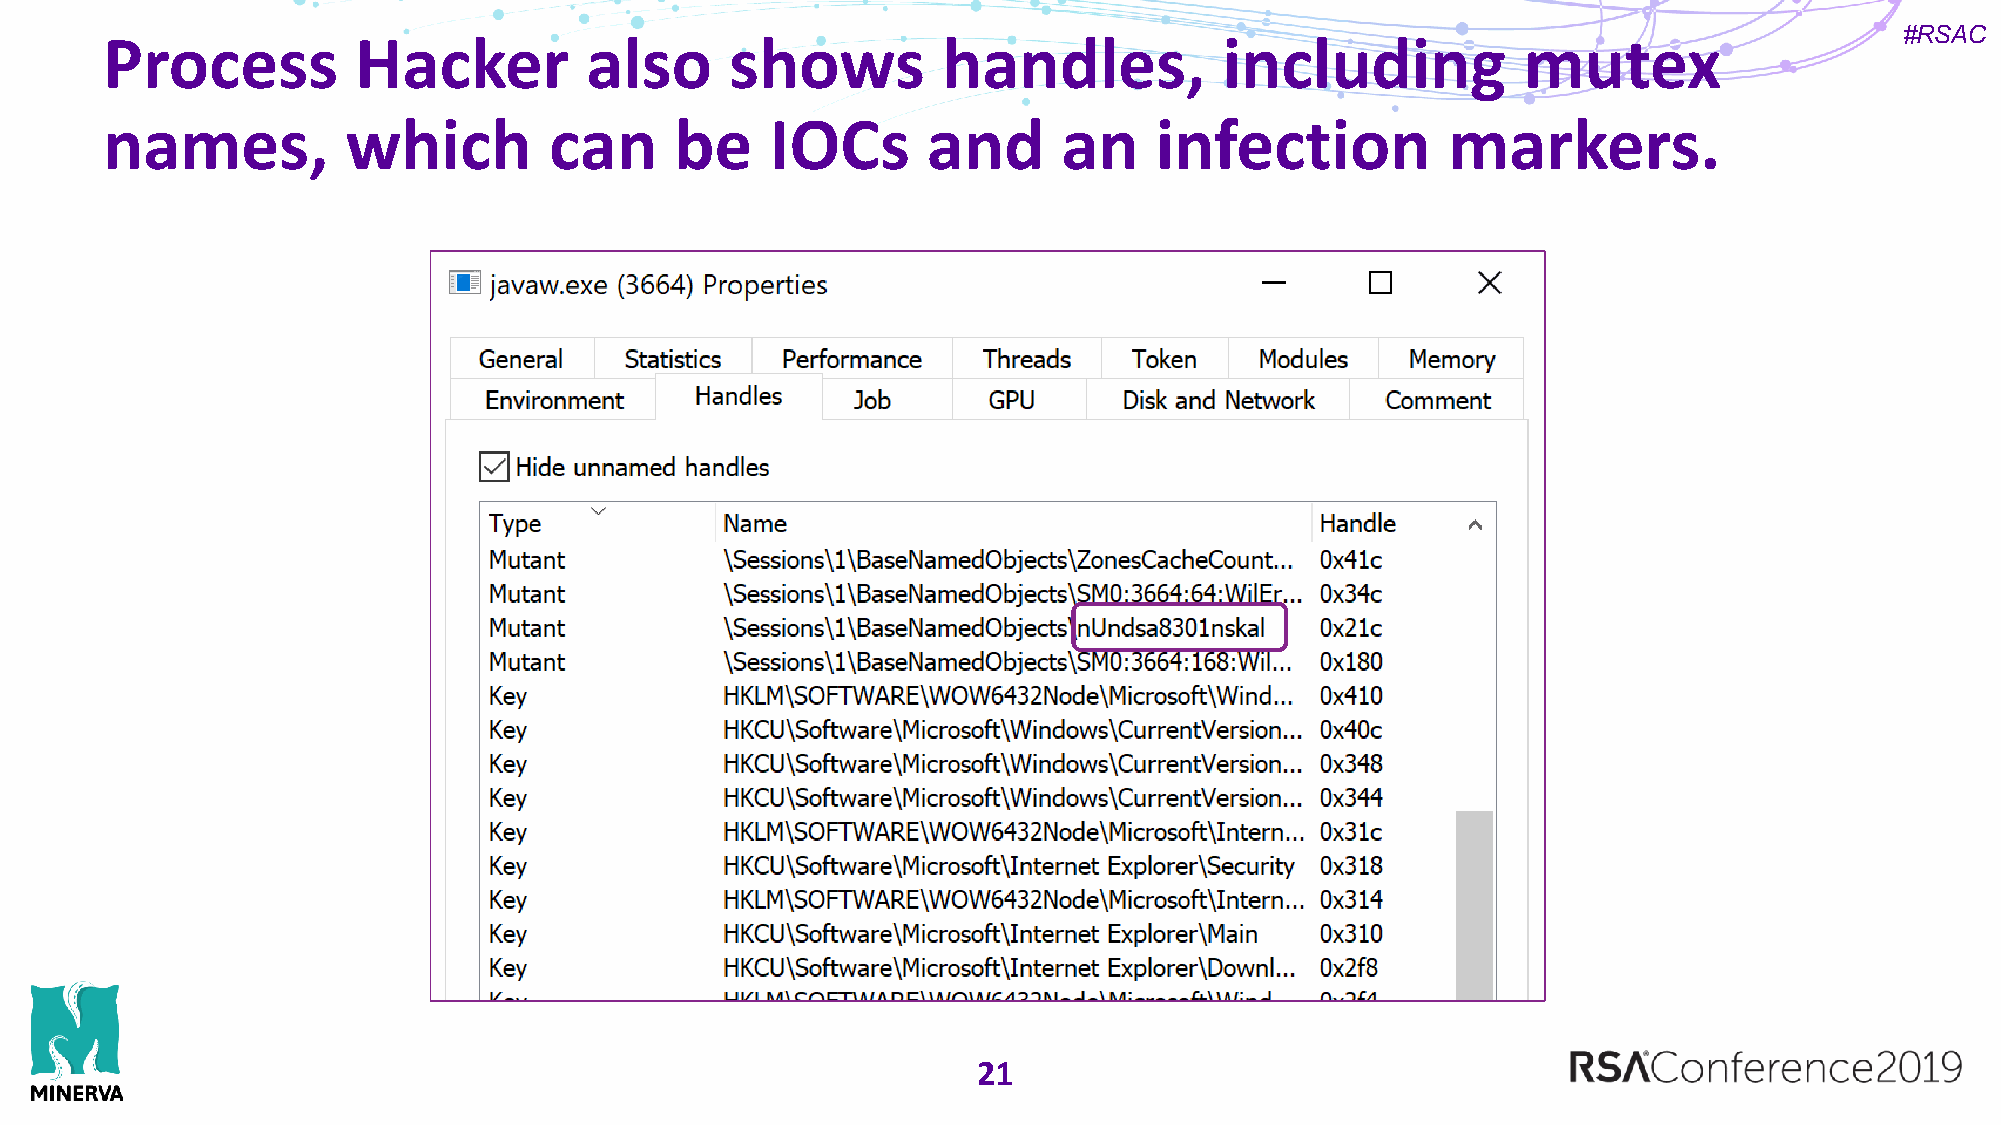
#RSAC
 Process          Hacker         also     shows         handles,           including           mutex
 names,          which        can      be    IOCs      and      an    infection           markers.
 21